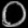
Digit: ၀